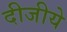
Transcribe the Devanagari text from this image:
दीजीये